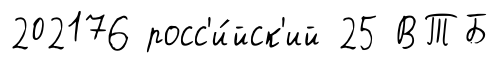
202176 росс'и́йск'ий 25 ВТБ